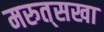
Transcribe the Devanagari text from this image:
मरुत्‌सखा